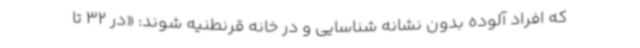
که افراد آلوده بدون نشانه شناسایی و در خانه قرنطنیه شوند: «در 32 تا